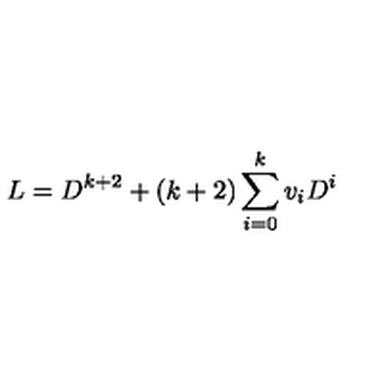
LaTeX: L = D ^ { k + 2 } + ( k + 2 ) \sum _ { i = 0 } ^ { k } v _ { i } D ^ { i }